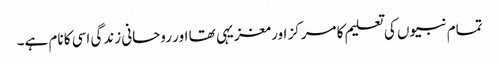
تمام نبیوں کی تعلیم کا مرکز اور مغزیہی تھا اور روحانی زندگی اسی کا نام ہے۔